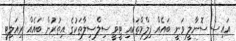
އައިސް ސޮނާލީ ވަނީ ބައެއް ފިލްމްތަކާއި ޓީވީ ސިލްސިލާތަކުގެ އިތުރުން ބައެއް ރިއަލިޓީ